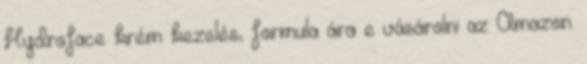
Hydroface krém kezelés, formula ára e vásárolni az Amazon.